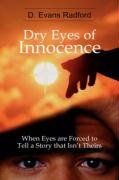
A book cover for Dry Eyes of Innocence; D. Evans Radford; Health, Fitness & Dieting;